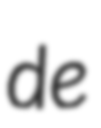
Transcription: de